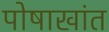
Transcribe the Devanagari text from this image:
पोषाखांत